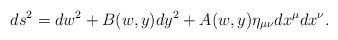
LaTeX: \begin{align*}ds^2=dw^2+B(w,y)dy^2+A(w,y)\eta_{\mu\nu}dx^\mu dx^\nu.\end{align*}